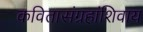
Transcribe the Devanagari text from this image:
कवितासंग्रहांशिवाय